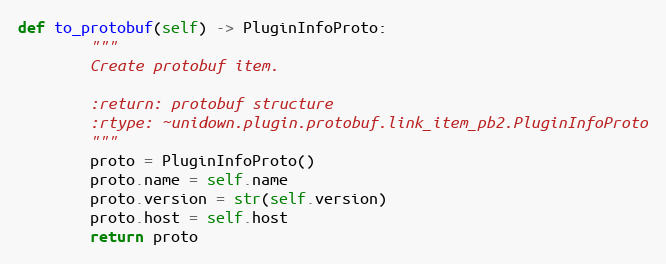
Language: Python
def to_protobuf(self) -> PluginInfoProto:
        """
        Create protobuf item.

        :return: protobuf structure
        :rtype: ~unidown.plugin.protobuf.link_item_pb2.PluginInfoProto
        """
        proto = PluginInfoProto()
        proto.name = self.name
        proto.version = str(self.version)
        proto.host = self.host
        return proto